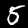
Digit: 5